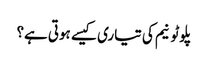
پلوٹونیم کی تیاری کیسے ہوتی ہے؟